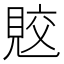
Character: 𧠭